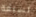
لسبعة